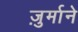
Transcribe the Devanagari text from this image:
ज़ुर्माने